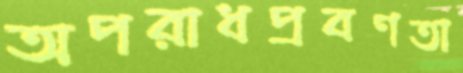
অপরাধপ্রবণতা